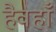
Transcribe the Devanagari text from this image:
हैवहाँ